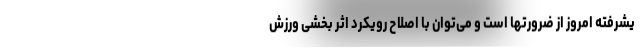
یشرفته امروز از ضرورتها است و می‌توان با اصلاح رویکرد اثر بخشی ورزش